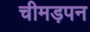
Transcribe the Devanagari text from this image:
चीमड़पन